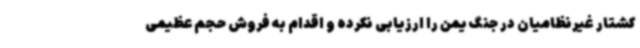
کشتار غیرنظامیان در جنگ یمن را ارزیابی نکرده و اقدام به فروش حجم عظیمی